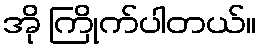
အို ကြိုက်ပါတယ်။